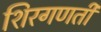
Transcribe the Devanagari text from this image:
शिरगणती